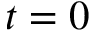
t = 0